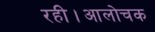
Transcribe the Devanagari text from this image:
रही।आलोचक